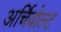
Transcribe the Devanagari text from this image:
अर्चिवोल्ट